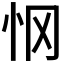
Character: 𰑂